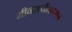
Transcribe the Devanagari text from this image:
मीनाच्चीअम्मन